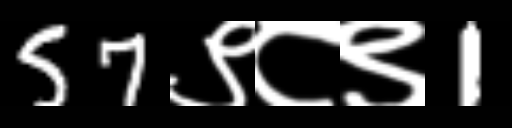
Text: 57९८९1